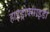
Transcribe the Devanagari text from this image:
हाइड्रोक्साइडों